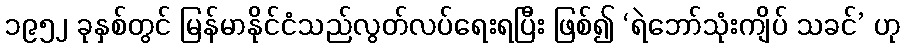
၁၉၅၂ ခုနှစ်တွင် မြန်မာနိုင်ငံသည်လွတ်လပ်ရေးရပြီး ဖြစ်၍ ‘ရဲဘော်သုံးကျိပ် သခင်’ ဟု